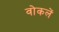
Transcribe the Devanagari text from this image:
वोकलें